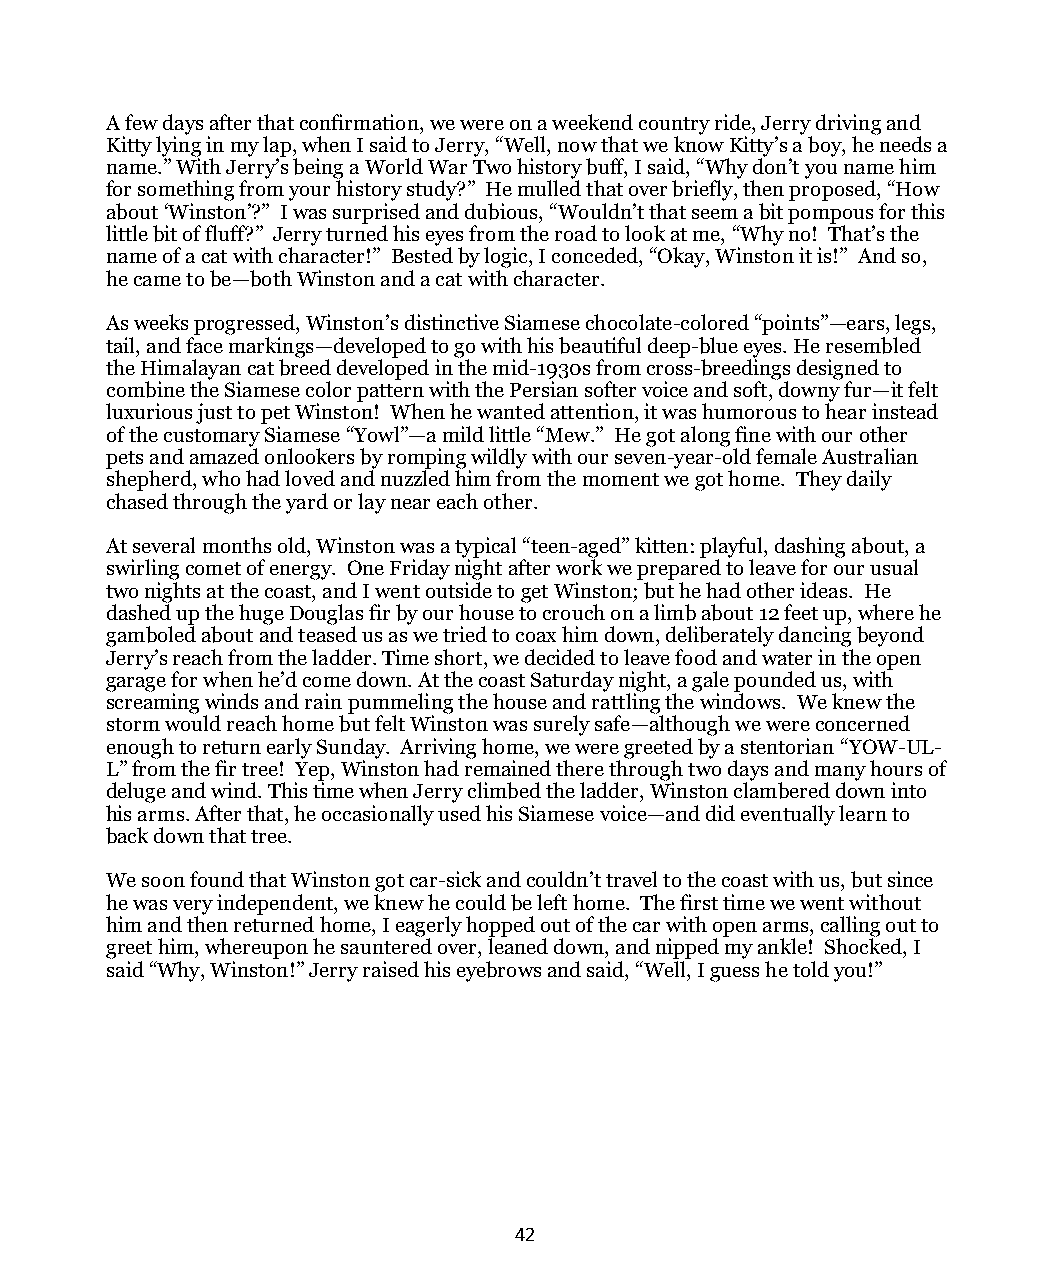
A few days after that confirmation, we were on a weekend country ride, Jerry driving and
 Kitty lying in my lap, when I said to Jerry, “Well, now that we know Kitty’s a boy, he needs a
 name.” With Jerry’s being a World War Two history buff, I said, “Why don’t you name him
 for something from your history study?” He mulled that over briefly, then proposed, “How
 about ‘Winston’?” I was surprised and dubious, “Wouldn’t that seem a bit pompous for this
 little bit of fluff?” Jerry turned his eyes from the road to look at me, “Why no! That’s the
 name of a cat with character!” Bested by logic, I conceded, “Okay, Winston it is!” And so,
 he came to be—both Winston and a cat with character.
 As weeks progressed, Winston’s distinctive Siamese chocolate-colored “points”—ears, legs,
 tail, and face markings—developed to go with his beautiful deep-blue eyes. He resembled
 the Himalayan cat breed developed in the mid-1930s from cross-breedings designed to
 combine the Siamese color pattern with the Persian softer voice and soft, downy fur—it felt
 luxurious just to pet Winston! When he wanted attention, it was humorous to hear instead
 of the customary Siamese “Yowl”—a mild little “Mew.” He got along fine with our other
 pets and amazed onlookers by romping wildly with our seven-year-old female Australian
 shepherd, who had loved and nuzzled him from the moment we got home. They daily
 chased through the yard or lay near each other.
 At several months old, Winston was a typical “teen-aged” kitten: playful, dashing about, a
 swirling comet of energy. One Friday night after work we prepared to leave for our usual
 two nights at the coast, and I went outside to get Winston; but he had other ideas. He
 dashed up the huge Douglas fir by our house to crouch on a limb about 12 feet up, where he
 gamboled about and teased us as we tried to coax him down, deliberately dancing beyond
 Jerry’s reach from the ladder. Time short, we decided to leave food and water in the open
 garage for when he’d come down. At the coast Saturday night, a gale pounded us, with
 screaming winds and rain pummeling the house and rattling the windows. We knew the
 storm would reach home but felt Winston was surely safe—although we were concerned
 enough to return early Sunday. Arriving home, we were greeted by a stentorian “YOW-UL-
 L” from the fir tree! Yep, Winston had remained there through two days and many hours of
 deluge and wind. This time when Jerry climbed the ladder, Winston clambered down into
 his arms. After that, he occasionally used his Siamese voice—and did eventually learn to
 back down that tree.
 We soon found that Winston got car-sick and couldn’t travel to the coast with us, but since
 he was very independent, we knew he could be left home. The first time we went without
 him and then returned home, I eagerly hopped out of the car with open arms, calling out to
 greet him, whereupon he sauntered over, leaned down, and nipped my ankle! Shocked, I
 said “Why, Winston!” Jerry raised his eyebrows and said, “Well, I guess he told you!”
 42